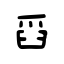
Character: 舀